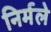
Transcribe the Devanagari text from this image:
निर्मले